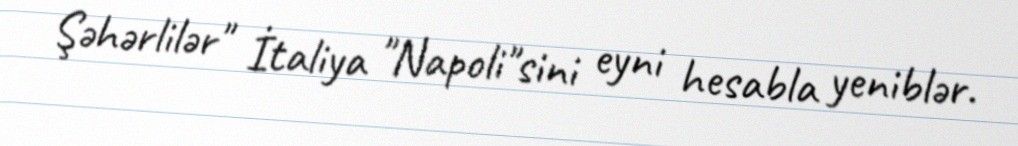
Şəhərlilər" İtaliya "Napoli"sini eyni hesabla yeniblər.